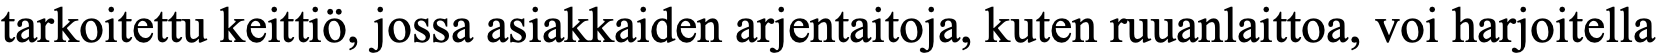
tarkoitettu keittiö, jossa asiakkaiden arjentaitoja, kuten ruuanlaittoa, voi harjoitella